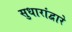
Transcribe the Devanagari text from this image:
सुधारांद्वारे